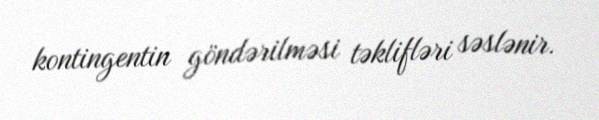
kontingentin göndərilməsi təklifləri səslənir.